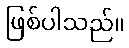
ဖြစ်ပါသည်။